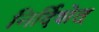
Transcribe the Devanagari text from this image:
निर्दिशेत्